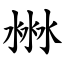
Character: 㴇